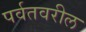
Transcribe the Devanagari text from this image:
पर्वतवरील